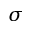
\sigma